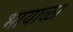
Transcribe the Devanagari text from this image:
भायाळा